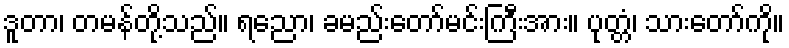
ဒူတာ၊ တမန်တို့သည်။ ရညော၊ ခမည်းတော်မင်းကြီးအား။ ပုတ္တံ၊ သားတော်ကို။